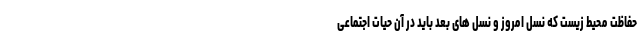
حفاظت محیط زیست که نسل امروز و نسل های بعد باید در آن حیات اجتماعی